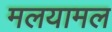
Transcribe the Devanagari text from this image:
मलयामल